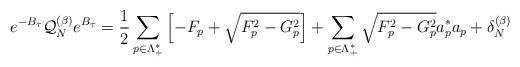
LaTeX: \begin{align*} e^{-B_\tau} \mathcal{Q}_N^{(\beta)}e^{B_\tau}=\frac{1}{2}\sum_{p\in\Lambda^*_+}\left[ -F_p+\sqrt{F_p^2-G_p^2} \right]+ \sum_{p \in \Lambda_+^*}\sqrt{F_p^2-G_p^2}a^*_p a_p+\delta_{N}^{(\beta)}\end{align*}